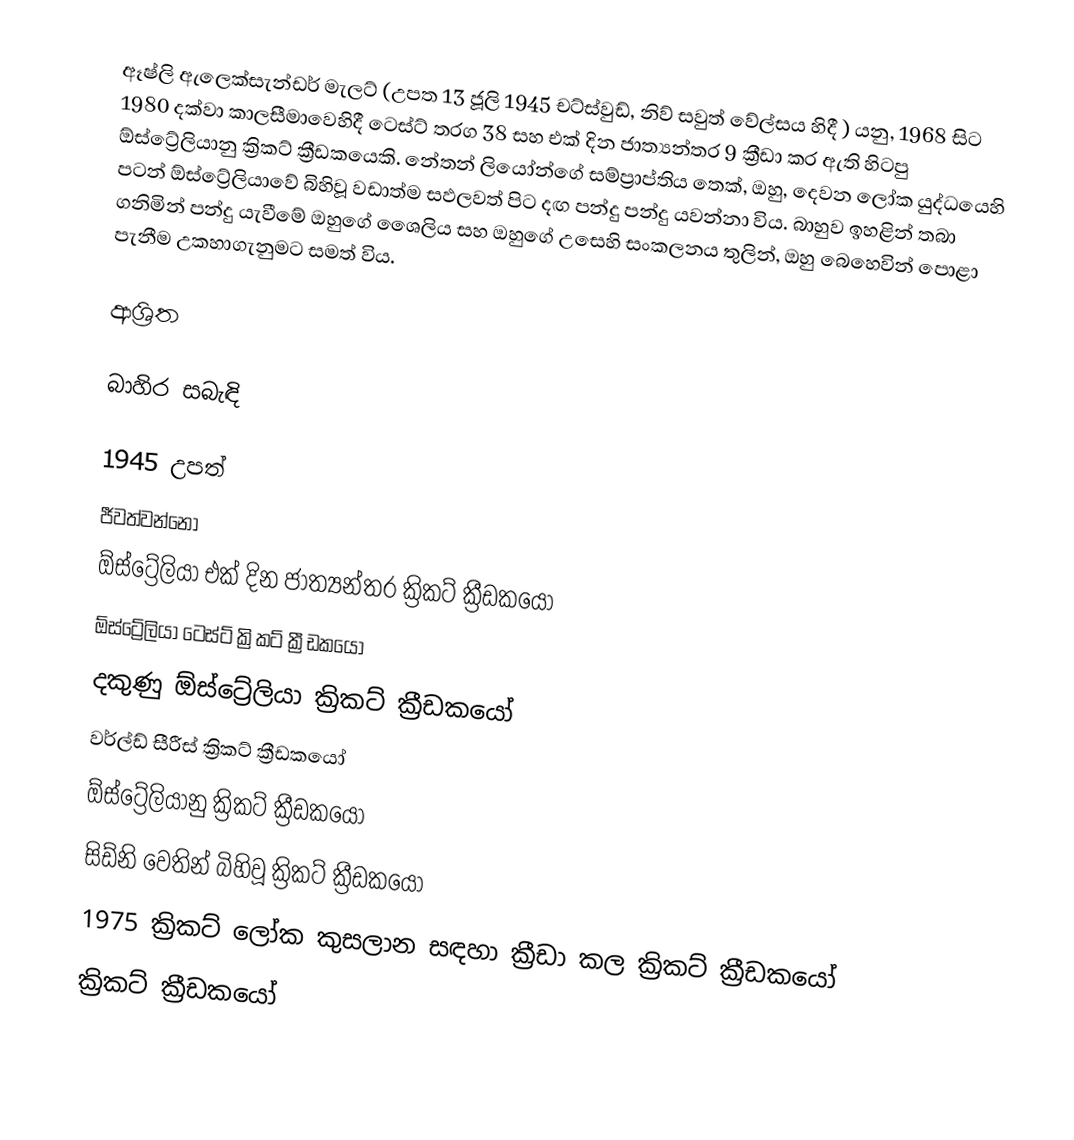
ඈෂ්ලි ඇලෙක්සැන්ඩර් මැලට් (උපත 13 ජූලි 1945 චට්ස්වුඩ්, නිව් සවුත් වේල්සය හිදී ) යනු,  1968 සිට 1980 දක්වා කාලසීමාවෙහිදී ටෙස්ට්  තරග 38 සහ එක් දින ජාත්‍යන්තර 9 ක්‍රීඩා කර ඇති හිටපු ඕස්ට්‍රේලියානු ක්‍රිකට් ක්‍රීඩකයෙකි.  නේතන් ලියෝන්ගේ සම්ප්‍රාප්තිය තෙක්, ඔහු, දෙවන ලෝක යුද්ධයෙහි පටන් ඕස්ට්‍රේලියාවේ බිහිවූ වඩාත්ම සඵලවත්  පිට දඟ පන්දු පන්දු යවන්නා විය. බාහුව ඉහළින් තබා ගනිමින් පන්දු යැවීමේ ඔහුගේ ශෛලිය සහ ඔහුගේ උසෙහි සංකලනය තුලින්, ඔහු බෙහෙවින් පොළා පැනීම උකහාගැනුමට සමත් විය.

ආශ්‍රිත

බාහිර සබැඳි

1945 උපත්
ජීවත්වන්නෝ
ඕස්ට්‍රේලියා එක් දින ජාත්‍යන්තර ක්‍රිකට් ක්‍රීඩකයෝ
ඕස්ට්‍රේලියා ටෙස්ට් ක්‍රිකට් ක්‍රීඩකයෝ
දකුණු ඕස්ට්‍රේලියා ක්‍රිකට් ක්‍රීඩකයෝ
වර්ල්ඩ් සීරීස් ක්‍රිකට් ක්‍රීඩකයෝ
ඕස්ට්‍රේලියානු ක්‍රිකට් ක්‍රීඩකයෝ
සිඩ්නි වෙතින් බිහිවූ ක්‍රිකට් ක්‍රීඩකයෝ
1975 ක්‍රිකට් ලෝක කුසලාන සඳහා ක්‍රීඩා කල ක්‍රිකට් ක්‍රීඩකයෝ
ක්‍රිකට් ක්‍රීඩකයෝ